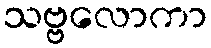
သဗ္ဗလောကာ